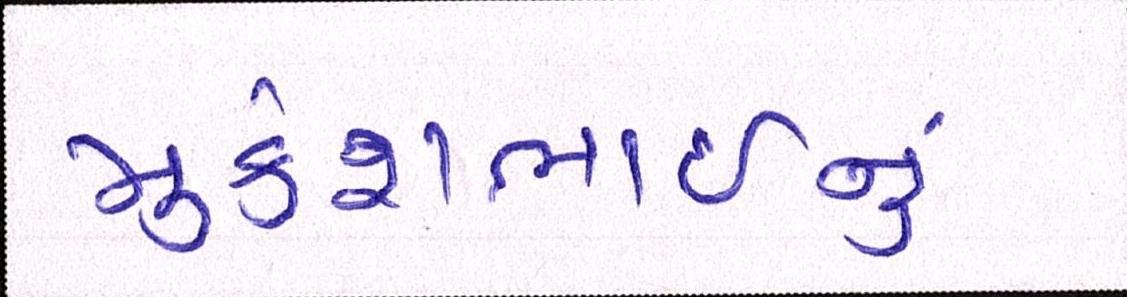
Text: મુકેશભાઈનું